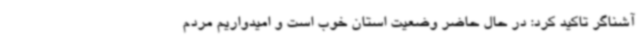
آشناگر تاکید کرد: در حال حاضر وضعیت استان خوب است و امیدواریم مردم